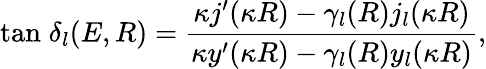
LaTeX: \mathrm{tan}\; \delta_{l}(E,R)=\frac{\kappa j^{\prime}(\kappa R)-\gamma_{l}(R)j_{l}(\kappa R)}{\kappa y^{\prime}(\kappa R)-\gamma_{l}(R)y_{l}(\kappa R)},